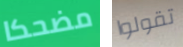
مضحكا تقولوا